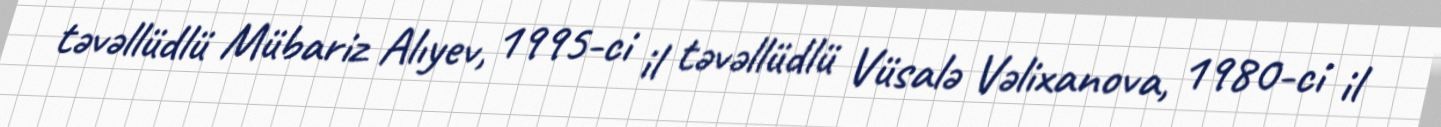
təvəllüdlü Mübariz Alıyev, 1995-ci il təvəllüdlü Vüsalə Vəlixanova, 1980-ci il